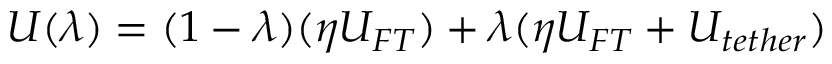
U ( \lambda ) = ( 1 - \lambda ) ( \eta U _ { F T } ) + \lambda ( \eta U _ { F T } + U _ { t e t h e r } )